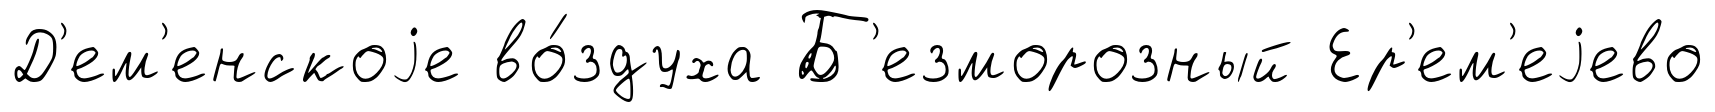
Д'ем'енскоjе во́здуха Б'езморозный Ер'ем'еjево